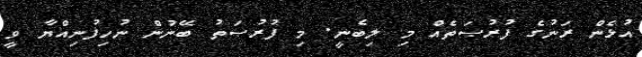
އުޅެން ރަނުގެ ފުރުޞަތެއް މި ލިބެނީ. މި ފުރުޞަތު ބޭނުން ނުހިފުނިއްޔާ ވީ